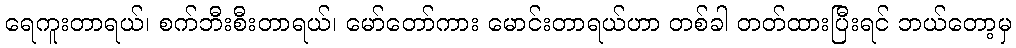
ရေကူးတာရယ်၊ စက်ဘီးစီးတာရယ်၊ မော်တော်ကား မောင်းတာရယ်ဟာ တစ်ခါ တတ်ထားပြီးရင် ဘယ်တော့မှ